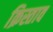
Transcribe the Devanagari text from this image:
क्रिस्ताव